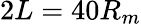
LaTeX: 2L=40R_{m}